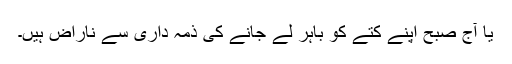
یا آج صبح اپنے کتے کو باہر لے جانے کی ذمہ داری سے ناراض ہیں۔